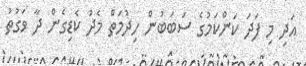
އަދި މި ފަދަ ކަންކަމުގެ ސަބަބުން ހިދުމަތް މެދު ކެޑިގެން ދާ ވަގުތު